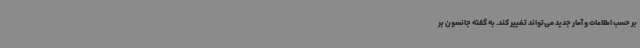
بر حسب اطلاعات و آمار جدید می‌تواند تغییر ‌کند. به گفته جانسون بر